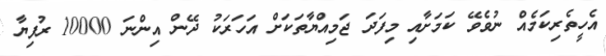
އެހީތެރިކަމެއް ނުވެވޭ ކަމަށާއި މިފަދަ ޖަމިއްޔާތަކަށް އަހަރަކު ދޭން އިންނަ 10000 ރުފިޔާ